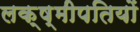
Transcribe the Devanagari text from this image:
लक्ष्मीपतियों